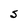
Character: S